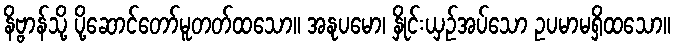
နိဗ္ဗာန်သို့ ပို့ဆောင်တော်မူတတ်ထသော။ အနုပမော၊ နှိုင်းယှဉ်အပ်သော ဥပမာမရှိထသော။